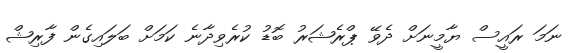
ނަމަ ރައީސް ޔާމީނަށް ދެވޭ ޕްރެޝަރު ބޮޑު ކުރެވިދާނެ ކަމަށް ބަލައިގެން ފާރިޝް